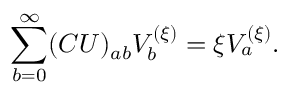
\sum _ { b = 0 } ^ { \infty } ( C U ) _ { a b } V _ { b } ^ { ( \xi ) } = \xi V _ { a } ^ { ( \xi ) } .